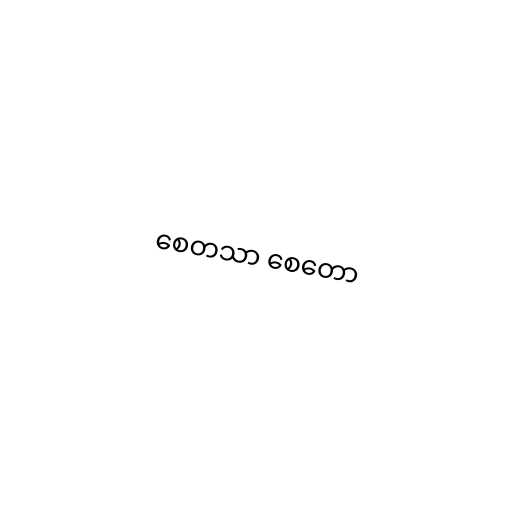
စေတသာ စေတော